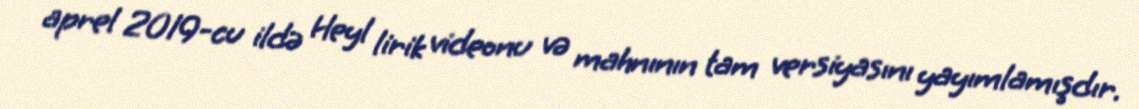
aprel 2019-cu ildə Heyl lirik videonu və mahnının tam versiyasını yayımlamışdır.